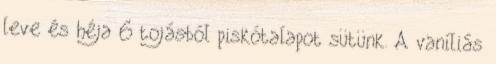
leve és héja 6 tojásból piskótalapot sütünk. A vaníliás